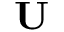
\mathbf { U }